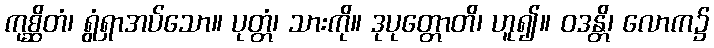
ကုစ္ဆိတံ၊ ရွံရှာအပ်သော။ ပုတ္တံ၊ သားကို။ ဒုပုတ္တောတိ၊ ဟူ၍။ ဝဒန္တိ၊ လောက၌